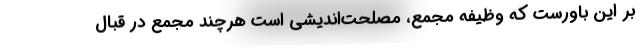
بر این باورست که وظیفه مجمع، مصلحت‌اندیشی است هرچند مجمع در قبال